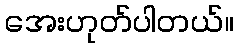
အေးဟုတ်ပါတယ်။